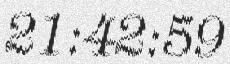
21:42:59